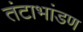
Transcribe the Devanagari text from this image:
तंटाभांडण